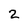
Character: 2